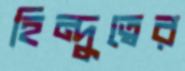
হিন্দুত্বের